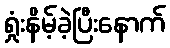
ရှုံးနိမ့်ခဲ့ပြီးနောက်